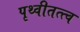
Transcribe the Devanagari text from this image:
पृथ्वीतत्त्व